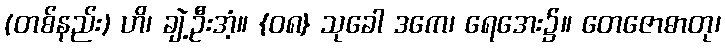
(တစ်နည်း) ဟိ၊ ချဲ့ဦးအံ့။ {၀၈} သုခေါ ဒကေ၊ ရေအေး၌။ တေဇောဓာတု၊